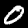
Label: 0